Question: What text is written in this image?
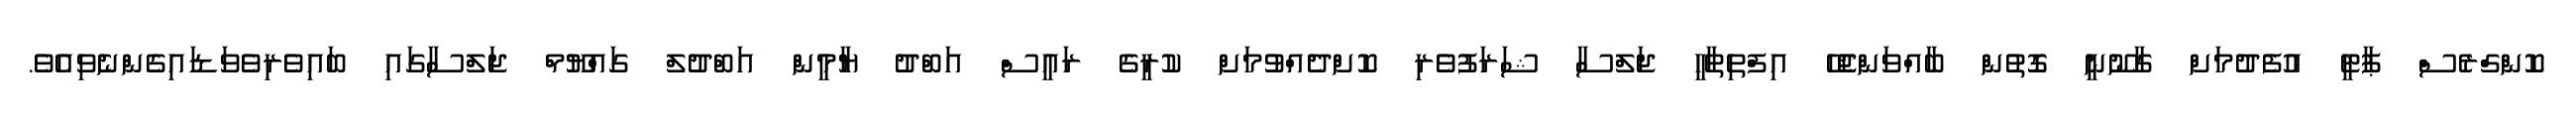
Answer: ކޮންގްރެސް ޕާޓީ އުފެދުމަށް ގާނޫނީ ގޮތުން ބާއްވަންޖެހޭ އިފްތިތާހީ ޖަލްސާ ޝަރަފުވެރި ކޮށްދެއްވުމަށް ކުރީގެ ރައީސް އަބްދު ޔާމީން އަބްދުލް ގައްޔޫމް ޖަލްސާގައި ބައިވެރިވެވަޑައިގެންނެވިއެވެ.